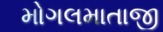
મોગલમાતાજી